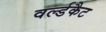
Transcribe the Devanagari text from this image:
वर्ल्डकैट